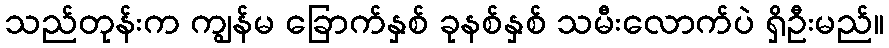
သည်တုန်းက ကျွန်မ ခြောက်နှစ် ခုနစ်နှစ် သမီးလောက်ပဲ ရှိဦးမည်။